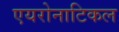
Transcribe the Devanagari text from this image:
एयरोनाटिकल